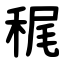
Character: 䅏